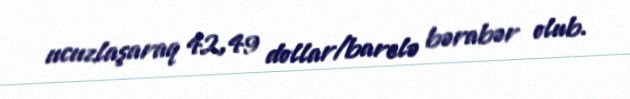
ucuzlaşaraq 42,49 dollar/barelə bərabər olub.